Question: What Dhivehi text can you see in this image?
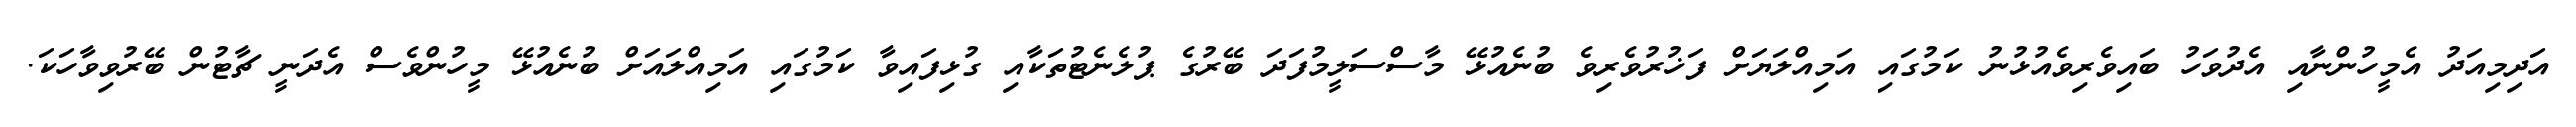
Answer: އަދިމިއަދު އެމީހުންނާއި އެދުވަހު ބައިވެރިވެއުޅުނު ކަމުގައި އަމިއްލަޔަށް ފަޚުރުވެރިވެ ބުނެއުޅޭ މާސްސަލީމުފަދަ ބޭރުގެ ޕުލެނެޓުތަކާއި ގުޅިފައިވާ ކަމުގައި އަމިއްލައަށް ބުނެއުޅޭ މީހުންވެސް އެދަނީ ޗާޓުން ބޭރުވިވާހަކަ.